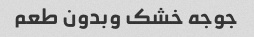
جوجه خشک وبدون طعم